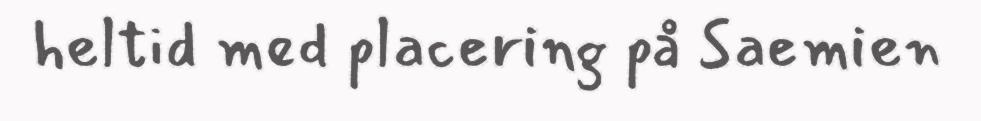
heltid med placering på Saemien